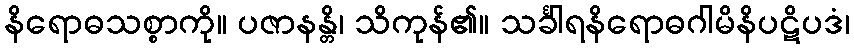
နိရောဓသစ္စာကို။ ပဇာနန္တိ၊ သိကုန်၏။ သင်္ခါရနိရောဓဂါမိနိပဋိပဒံ၊